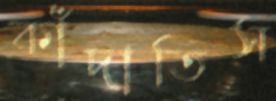
কাঁদাতিস